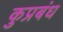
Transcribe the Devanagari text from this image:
कुप्रबंध